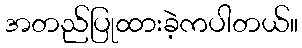
အတည်ပြုထားခဲ့ကပါတယ်။